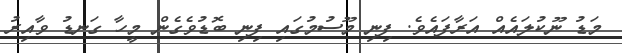
މަޑު ނޫކުލައެއް އަރާފައެވެ. ފިނި މޫސުމުގައި ފިނި ބޮޑުވެގެން މީހާ ގަނޑު ވާއިރު